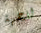
للجهة